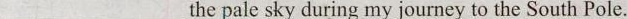
___the pale sky during my journey to the South Pole.